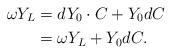
LaTeX: \begin{align*} \omega Y_{L}&=dY_{0}\cdot C+Y_{0}dC\\ \,&=\omega Y_{L}+Y_{0}dC. \end{align*}